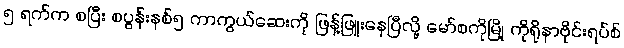
၅ ရက်က စပြီး စပွန်းနစ်၅ ကာကွယ်ဆေးကို ဖြန့်ဖြူးနေပြီလို့ မော်စကိုမြို့ ကိုရိုနာဗိုင်းရပ်စ်